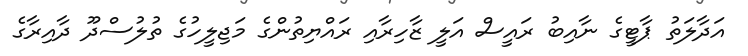
އަދާލަތު ޕާޓީގެ ނާއިބު ރައީސް އަލީ ޒާހިރާއި ރައްޔިތުންގެ މަޖިލީހުގެ ތުލުސްދޫ ދާއިރާގެ